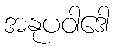
အနုပဝါဒေါ